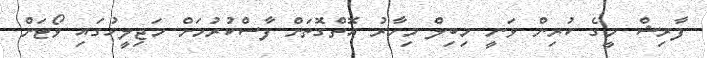
ފާރިޝް މީގެ ކުރިން ވަނީ މިބިލް މިހާރު އޮތްގޮތަށް ފާސްކުރުމަށް މަޖިލީހުގައި ވޯޓަށް